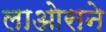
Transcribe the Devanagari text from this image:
लाओसने